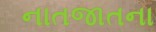
નાતજાતના